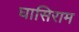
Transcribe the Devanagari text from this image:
घासिराम